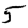
Digit: 5